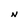
Character: N